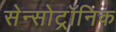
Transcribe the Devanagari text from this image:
सेन्सोट्रॉनिक